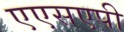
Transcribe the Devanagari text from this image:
एएसएपी